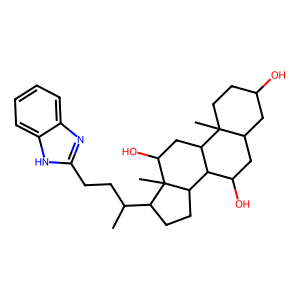
SMILES: CC(CCc1nc2ccccc2[nH]1)C1CCC2C3C(O)CC4CC(O)CCC4(C)C3CC(O)C12C
Inhibits HIV replication: No